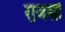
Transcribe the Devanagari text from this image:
राजस्त्री